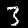
Digit: 3